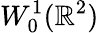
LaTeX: W_{0}^{1}({\mathbb R}^{2})